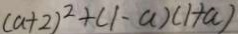
( a + 2 ) ^ { 2 } + ( 1 - a ) ( 1 + a )